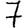
Digit: 7